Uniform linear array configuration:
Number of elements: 16
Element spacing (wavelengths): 1
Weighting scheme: binomial
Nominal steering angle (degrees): -60
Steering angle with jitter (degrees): -59.53
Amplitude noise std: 0.05
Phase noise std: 0.05

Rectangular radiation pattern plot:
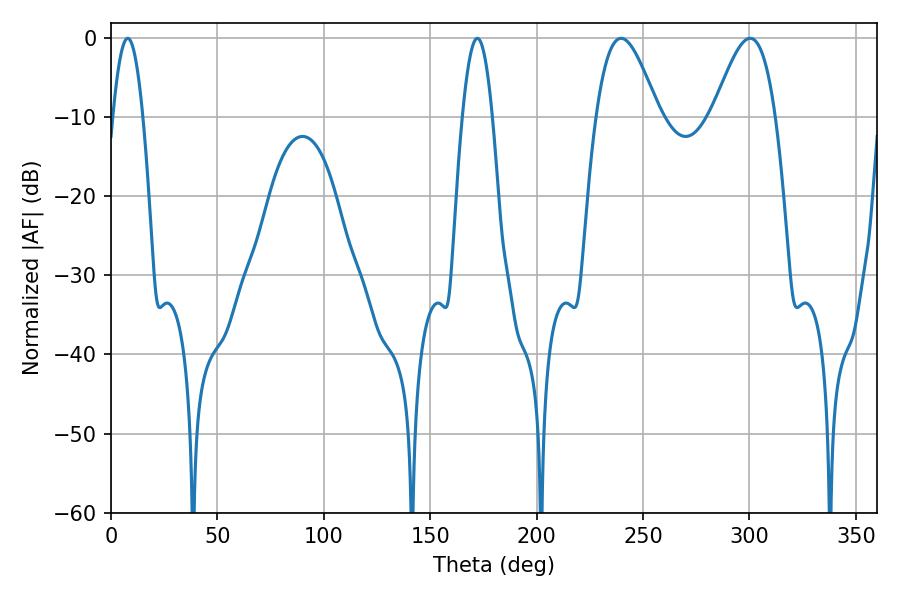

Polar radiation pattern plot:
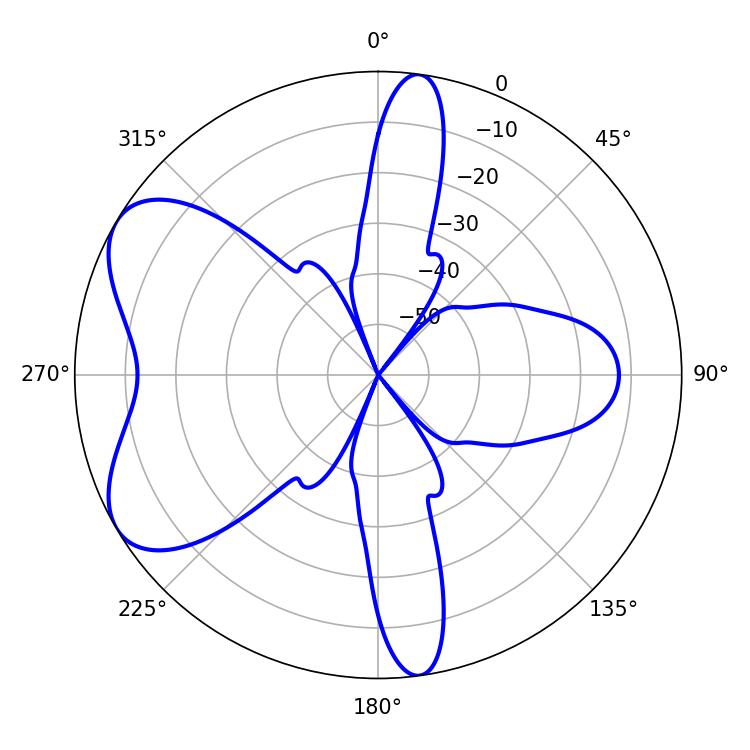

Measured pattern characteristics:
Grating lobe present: TRUE
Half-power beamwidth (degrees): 15.84
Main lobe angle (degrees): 239.76